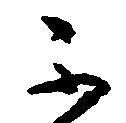
不